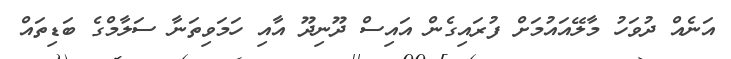
އަނެއް ދުވަހު މާލޭއައުމަށް ފުރައިގެން އައިސް ދޫނިދޫ އާއި ހަމަވިތަނާ ސަލާމްގެ ބަޑިތައް